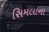
સિમલાના